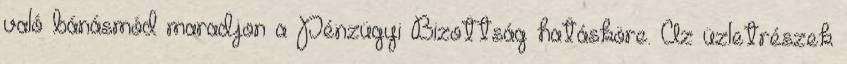
való bánásmód maradjon a Pénzügyi Bizottság hatásköre. Az üzletrészek